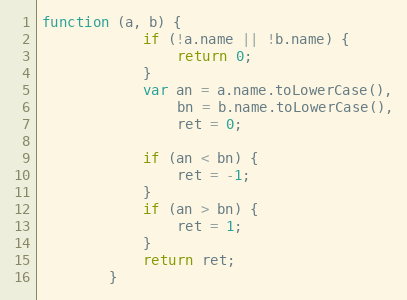
Language: JavaScript
function (a, b) {
            if (!a.name || !b.name) {
                return 0;
            }
            var an = a.name.toLowerCase(),
                bn = b.name.toLowerCase(),
                ret = 0;

            if (an < bn) {
                ret = -1;
            }
            if (an > bn) {
                ret = 1;
            }
            return ret;
        }